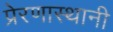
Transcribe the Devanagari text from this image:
प्रेरणास्थानी